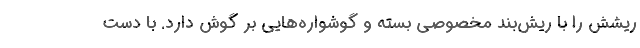
ریشش را با ریش‌بند مخصوصی بسته و گوشواره‌هایی بر گوش دارد. با دست